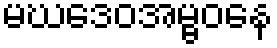
မဃဒေဝအမ္ဗဝနေ